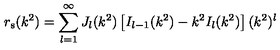
r _ { \mathrm { s } } ( k ^ { 2 } ) = \sum _ { l = 1 } ^ { \infty } J _ { l } ( k ^ { 2 } ) \left[ I _ { l - 1 } ( k ^ { 2 } ) - k ^ { 2 } I _ { l } ( k ^ { 2 } ) \right] ( k ^ { 2 } ) ^ { l }